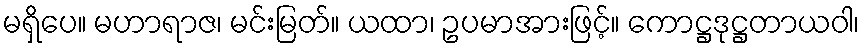
မရှိပေ။ မဟာရာဇ၊ မင်းမြတ်။ ယထာ၊ ဥပမာအားဖြင့်။ ကောဋ္ဌဒုဋ္ဌတာယဝါ၊